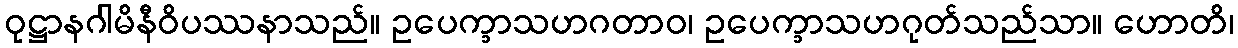
ဝုဋ္ဌာနဂါမိနီဝိပဿနာသည်။ ဥပေက္ခာသဟဂတာဝ၊ ဥပေက္ခာသဟဂုတ်သည်သာ။ ဟောတိ၊